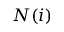
N ( i )